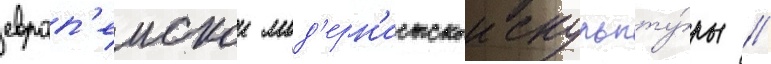
европ'еискои мод'ерн'истскои скульпту́ры //